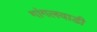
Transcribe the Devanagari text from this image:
गांगलवाडी